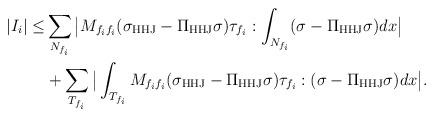
LaTeX: \begin{align*} |I_i|\leq&\sum_{N_{f_i}}\big|M_{f_if_i}(\sigma_{\rm HHJ}-\Pi_{\rm HHJ}\sigma)\tau_{f_i}:\int_{N_{f_i}}(\sigma-\Pi_{\rm HHJ}\sigma)dx\big|\\ &+\sum_{T_{f_i}}\big|\int_{T_{f_i}}M_{f_if_i}(\sigma_{\rm HHJ}-\Pi_{\rm HHJ}\sigma)\tau_{f_i}:(\sigma-\Pi_{\rm HHJ}\sigma)dx\big|. \end{align*}